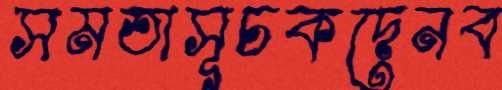
সমতাসূচকদেনব